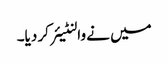
میں نے والنٹیئر کر دیا۔